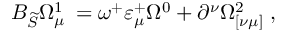
B _ { \widetilde { S } } \Omega _ { \mu \; } ^ { 1 } = \omega ^ { + } \varepsilon _ { \mu } ^ { + } \Omega ^ { 0 } + \partial ^ { \nu } \Omega _ { [ \nu \mu ] } ^ { 2 } \; ,